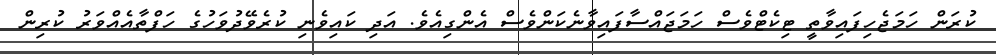
ކުރަން ހަމަޖެހިފައިވާތީ ޓިކެޓްވެސް ހަމަޖައްސާފައިވާނެކަންވެސް އެންގިއެވެ. އަދި ކައިވެނި ކުރެވޭދުވަހުގެ ހަފްތާއެއްވަރު ކުރިން